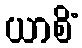
ယာစိံ